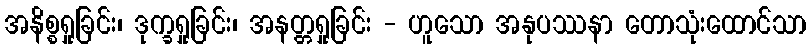
အနိစ္စရှုခြင်း၊ ဒုက္ခရှုခြင်း၊ အနတ္တရှုခြင်း - ဟူသော အနုပဿနာ တောသုံးထောင်သာ